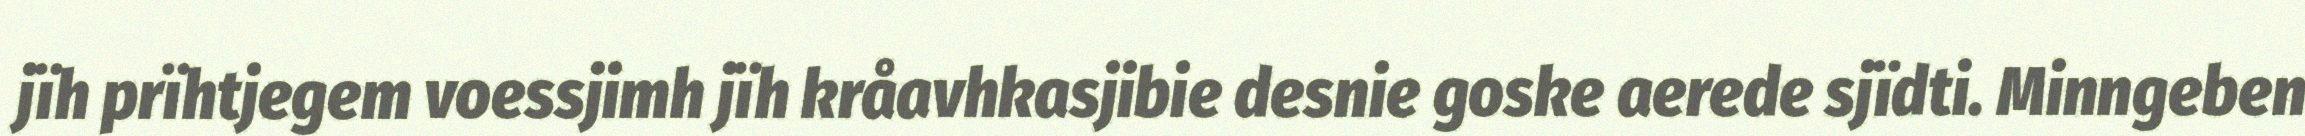
jïh prïhtjegem voessjimh jïh kråavhkasjibie desnie goske aerede sjïdti. Minngeben